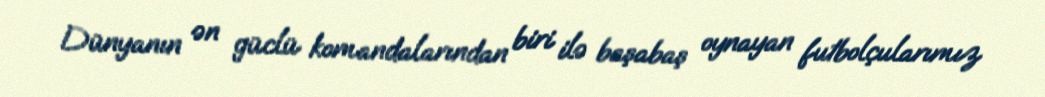
Dünyanın ən güclü komandalarından biri ilə başabaş oynayan futbolçularımız